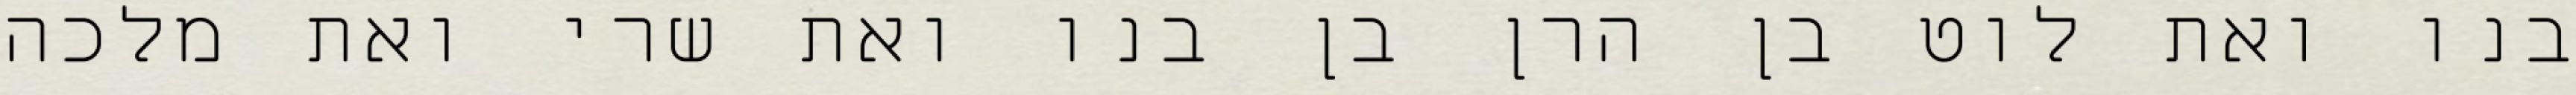
בנו ואת לוט בן הרן בן בנו ואת שרי ואת מלכה